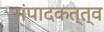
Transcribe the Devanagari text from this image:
संपादकत्त्व